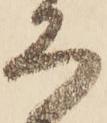
ろ